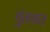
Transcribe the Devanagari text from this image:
गुंततात